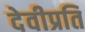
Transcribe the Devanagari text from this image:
देवीप्रति